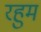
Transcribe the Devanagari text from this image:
रहुम